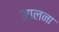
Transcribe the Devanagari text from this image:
मालना